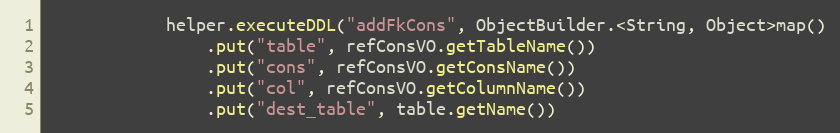
Language: Java
			helper.executeDDL("addFkCons", ObjectBuilder.<String, Object>map()
				.put("table", refConsVO.getTableName())
				.put("cons", refConsVO.getConsName())
				.put("col", refConsVO.getColumnName())
				.put("dest_table", table.getName())